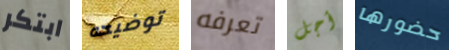
ابتكر توضيحه تعرفه أجل حضورها